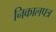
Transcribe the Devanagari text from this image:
निकालपत्र